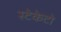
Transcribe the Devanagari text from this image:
स्टेकेटो